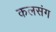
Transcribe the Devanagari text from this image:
कलसंग